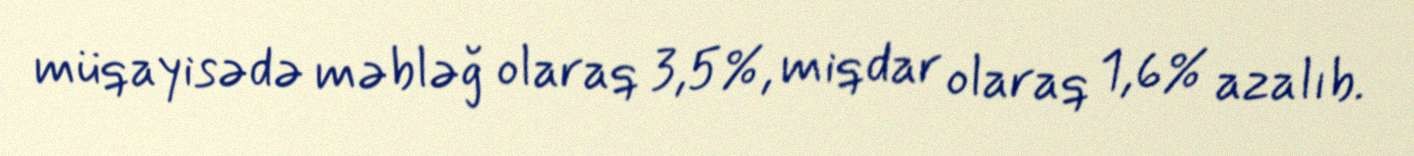
müqayisədə məbləğ olaraq 3,5%, miqdar olaraq 1,6% azalıb.